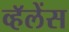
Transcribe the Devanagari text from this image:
व्हॅलेंस